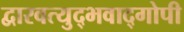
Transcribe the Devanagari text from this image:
द्वारवत्युद्भवाद्गोपी